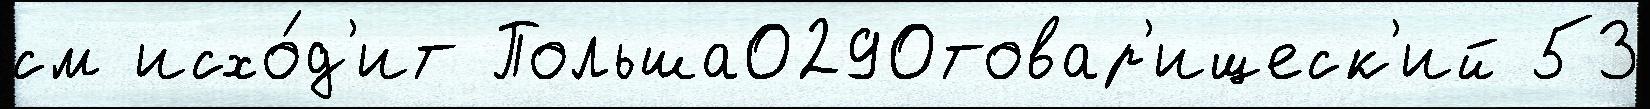
см исхо́д'ит Польша0290товар'ищеск'ий 53